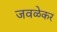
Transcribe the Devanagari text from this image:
जवळेकर